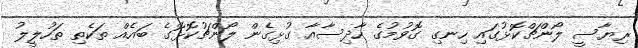
ރިޔާސީ ލޯންޗްކޮޅުގައި ހިނގި ގޮވުމުގެ ހާދިސާއާ ގުޅިގެން ލޯންޗުކޮޅޮގެ ބައެއް ތަކެތި ތަހުލީލު